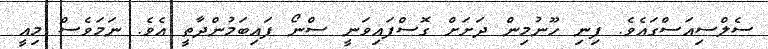
ސެލްސިއަސްގައެވެ. ފިނި ހޫނުމިން ދަށަށް ގޮސްފައިވަނީ ސްނޯ ފައިބަމުންދާތީ އެވެ. ނަމަވެސް މިއީ